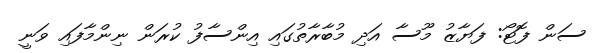
ސަން ފޮޓޯ: ފަޔާޒު މޫސާ އަދި މުބާރާތުގައި އިންސާފު ކުރަން ނިންމާފައި ވަނީ